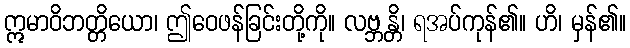
ဣမာဝိဘတ္တိယော၊ ဤဝေဖန်ခြင်းတို့ကို။ လဗ္ဘန္တိ၊ ရအပ်ကုန်၏။ ဟိ၊ မှန်၏။